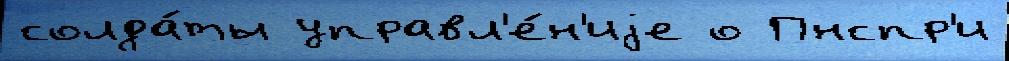
солда́ты управл'е́н'иjе о Пнспр'и